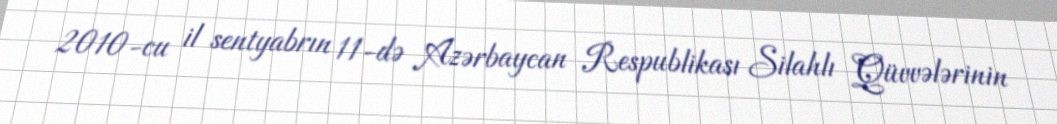
2010-cu il sentyabrın 11-də Azərbaycan Respublikası Silahlı Qüvvələrinin